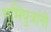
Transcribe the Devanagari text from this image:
भूमिपुत्रांनी